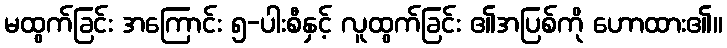
မထွက်ခြင်း အကြောင်း ၅-ပါးစီနှင့် လူထွက်ခြင်း ၏အပြစ်ကို ဟောထား၏။